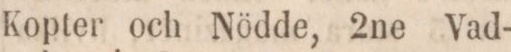
Kopter och Nödde, 2ne Vad-